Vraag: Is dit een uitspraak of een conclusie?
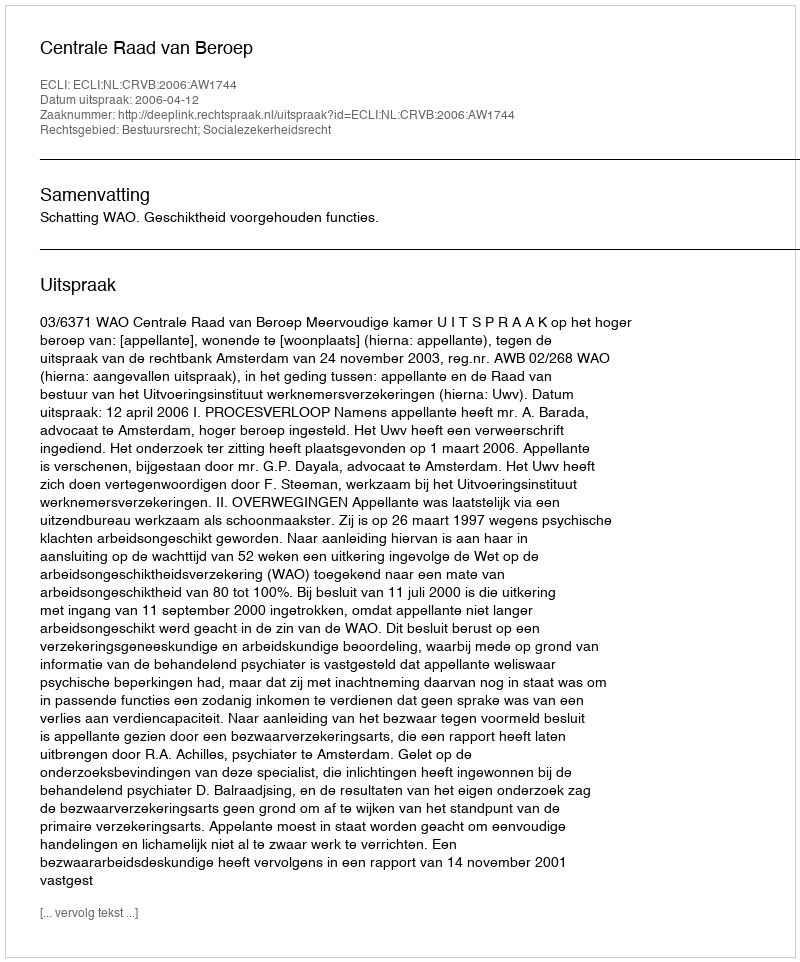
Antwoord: Uitspraak